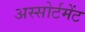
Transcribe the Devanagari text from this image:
अस्सोर्टमेंट